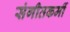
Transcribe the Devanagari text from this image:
संगीतकर्मी